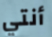
أنتي